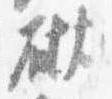
砌